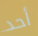
أحد